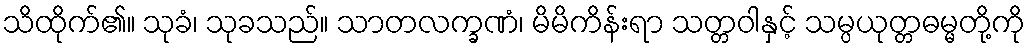
သိထိုက်၏။ သုခံ၊ သုခသည်။ သာတလက္ခဏံ၊ မိမိကိန်းရာ သတ္တဝါနှင့် သမ္ပယုတ္တဓမ္မတို့ကို